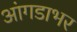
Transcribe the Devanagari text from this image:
आंगडाभर